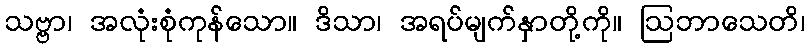
သဗ္ဗာ၊ အလုံးစုံကုန်သော။ ဒိသာ၊ အရပ်မျက်နှာတို့ကို။ ဩဘာသေတိ၊